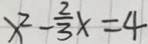
x ^ { 2 } - \frac { 2 } { 3 } x = 4